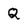
Character: Q